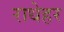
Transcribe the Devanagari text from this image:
राधेहर